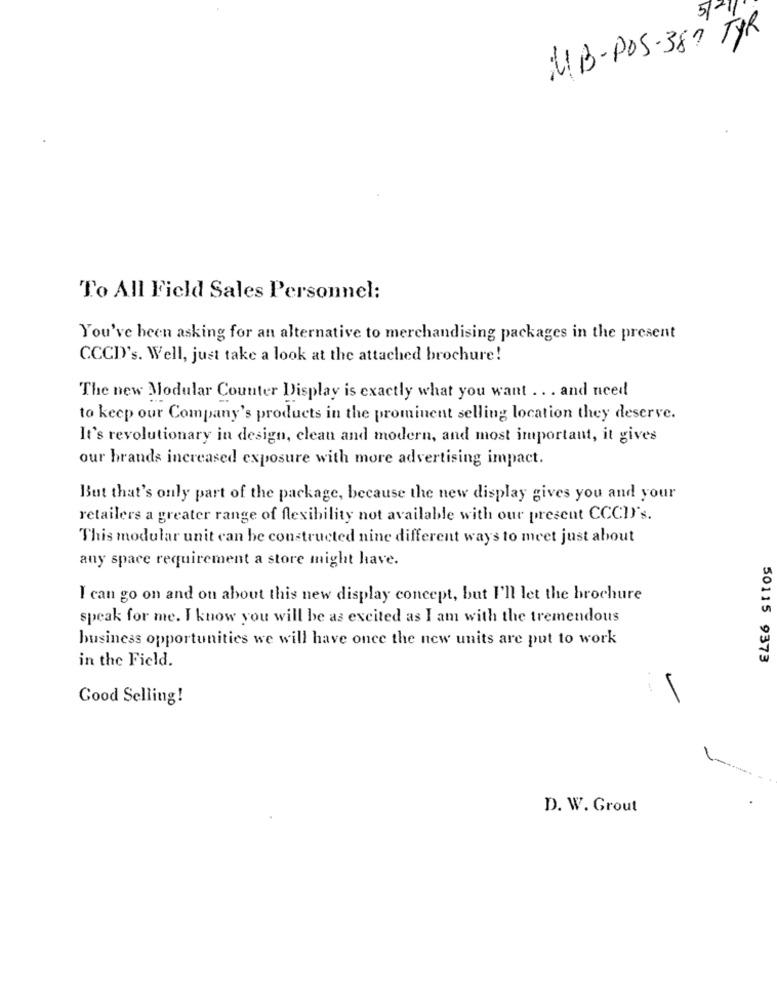
UB-POS-387 TYR
To All Field Sales Personnel:
You've been asking for an alternative to merchandising packages in the present
CCCD's. Well, just take a look at the attached brochure!
The new Modular Counter Display is exactly what you want .. . and need
to keep our Company's products in the prominent selling location they deserve.
It's revolutionary in design, clean and modern, and most important, it gives
our brands increased exposure with more advertising impact.
But that's only part of the package, because the new display gives you and your
retailers a greater range of flexibility not available with our present CCCI's.
This modular unit can be constructed nine different ways to meet just about
any space requirement a store might have.
I can go on and on about this new display concept, but I'll let the brochure
speak for me. I know you will be as excited as I am with the tremendous
business opportunities we will have once the new units are put to work
in the Field.
50115 9373
Good Selling!
D. W. Grout